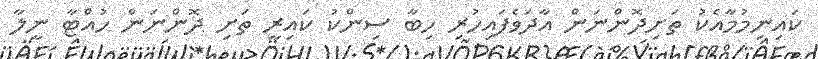
ކައިނިމުމާއެކު ތަށިދޮންނަން އާދަވެފައިހުރި ހިބާ ސިންކު ކައިރީ ތަށި ދޮންނަން ހުއްޓާ ނީލާ